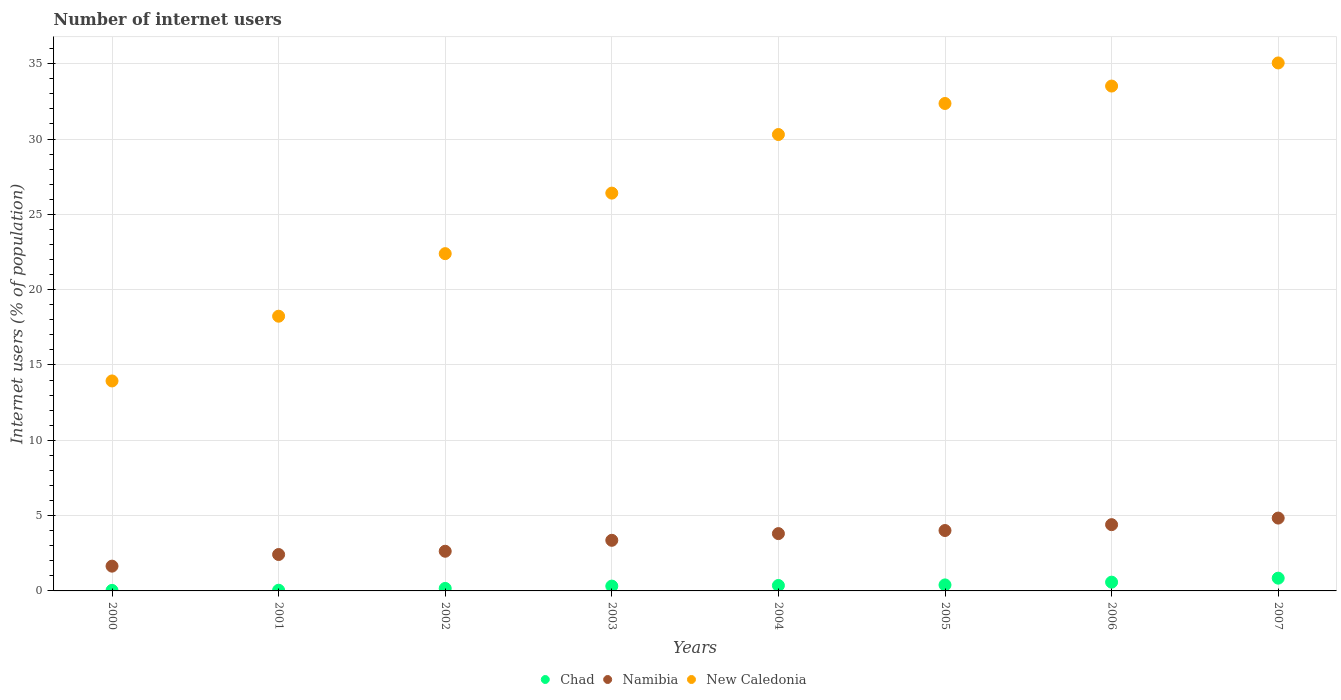
| Years | Chad | Namibia | New Caledonia |
 | --- | --- | --- | --- |
 | 2000 | 0.0357 | 1.64 | 13.9 |
 | 2001 | 0.0459 | 2.42 | 18.2 |
 | 2002 | 0.166 | 2.63 | 22.4 |
 | 2003 | 0.32 | 3.36 | 26.4 |
 | 2004 | 0.361 | 3.8 | 30.3 |
 | 2005 | 0.399 | 4.01 | 32.4 |
 | 2006 | 0.581 | 4.4 | 33.5 |
 | 2007 | 0.847 | 4.84 | 35 |